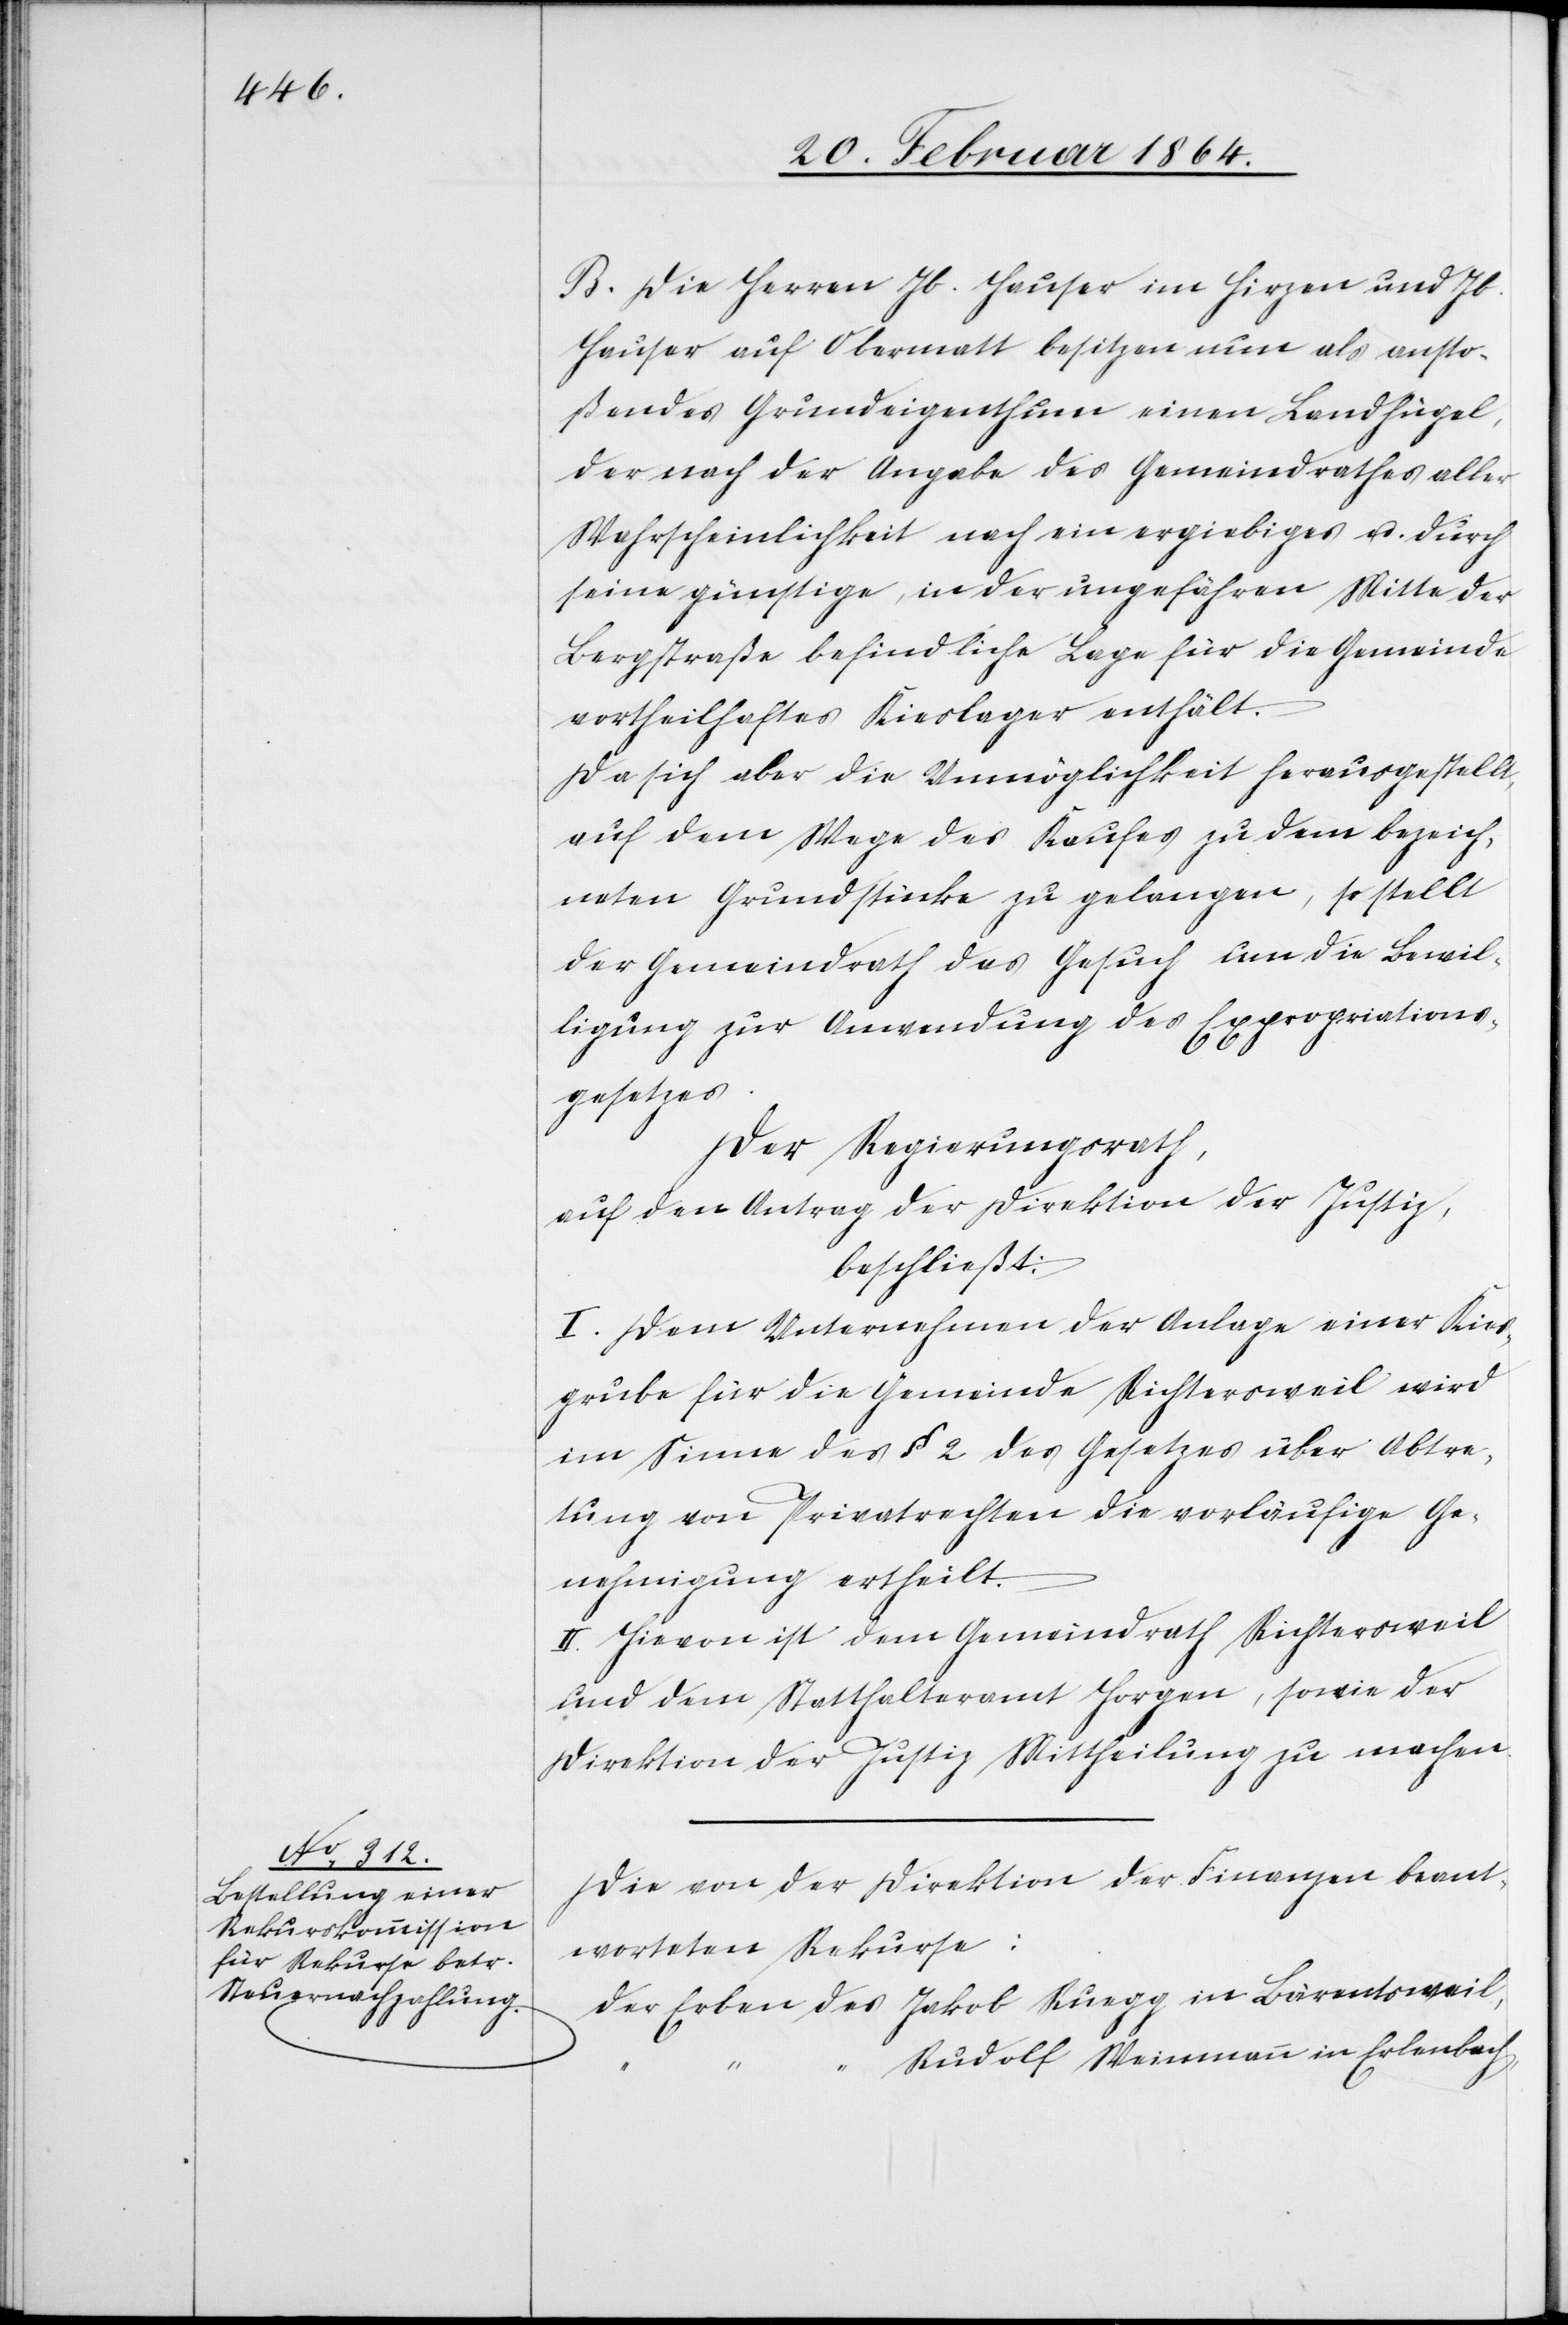
B. Die Herren Jb. Hauser im Hirzen und Jb.
Hauser auf Obermatt besitzen nun als ansto¬
ßendes Grundeigenthum einen Landhügel,
der nach der Angabe des Gemeindrathes aller
Wahrscheinlichkeit nach ein ergiebiges u. durch
seine günstige, in der ungefähren Mitte der
Bergstraße befindliche Lage für die Gemeinde
vortheilhaftes Kieslager enthält.
Da sich aber die Unmöglichkeit herausgestellt,
auf dem Wege des Kaufes zu dem bezeich¬
neten Grundstücke zu gelangen, so stellt
der Gemeindrath das Gesuch um die Bewil¬
ligung zur Anwendung des Expropriations¬
gesetzes.
Der Regierungsrath,
auf den Antrag der Direktion der Justiz,
beschließt;
I. Dem Unternehmen der Anlage einer Kies¬
grube für die Gemeinde Richtersweil wird
im Sinne des § 2 des Gesetzes über Abtre¬
tung von Privatrechten die vorläufige Ge¬
nehmigung ertheilt.
II. Hievon ist dem Gemeindrath Richtersweil
und dem Statthalteramt Horgen, sowie der
Direktion der Justiz Mittheilung zu machen.
Die von der Direktion der Finanzen beant¬
worteten Rekurse:
der Erben des Jakob Ruegg in Bärentsweil,
Rudolf Weinmann in Erlenbach,